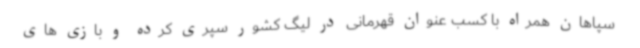
سپاهان همراه با کسب عنوان قهرمانی در لیگ کشور سپری کرده و بازی های